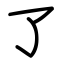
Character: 了